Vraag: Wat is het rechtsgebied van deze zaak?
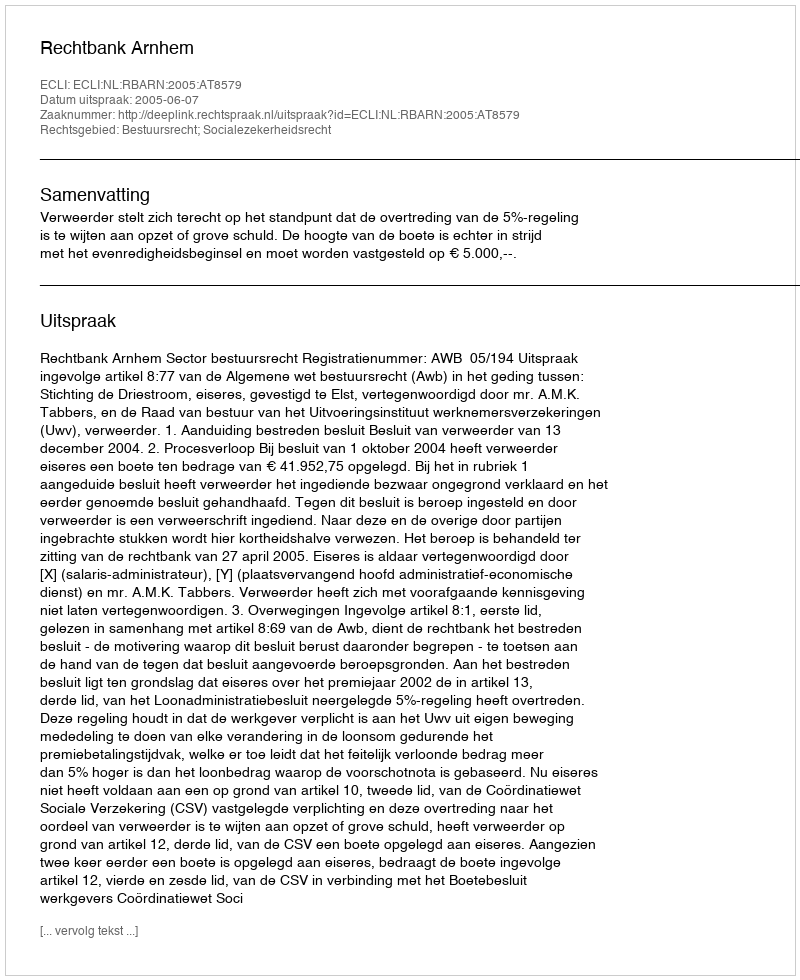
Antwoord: Bestuursrecht; Socialezekerheidsrecht